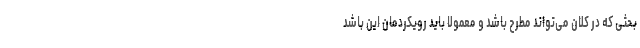
بحثی که در کلان می‌تواند مطرح باشد و معمولا باید رویکردمان این باشد